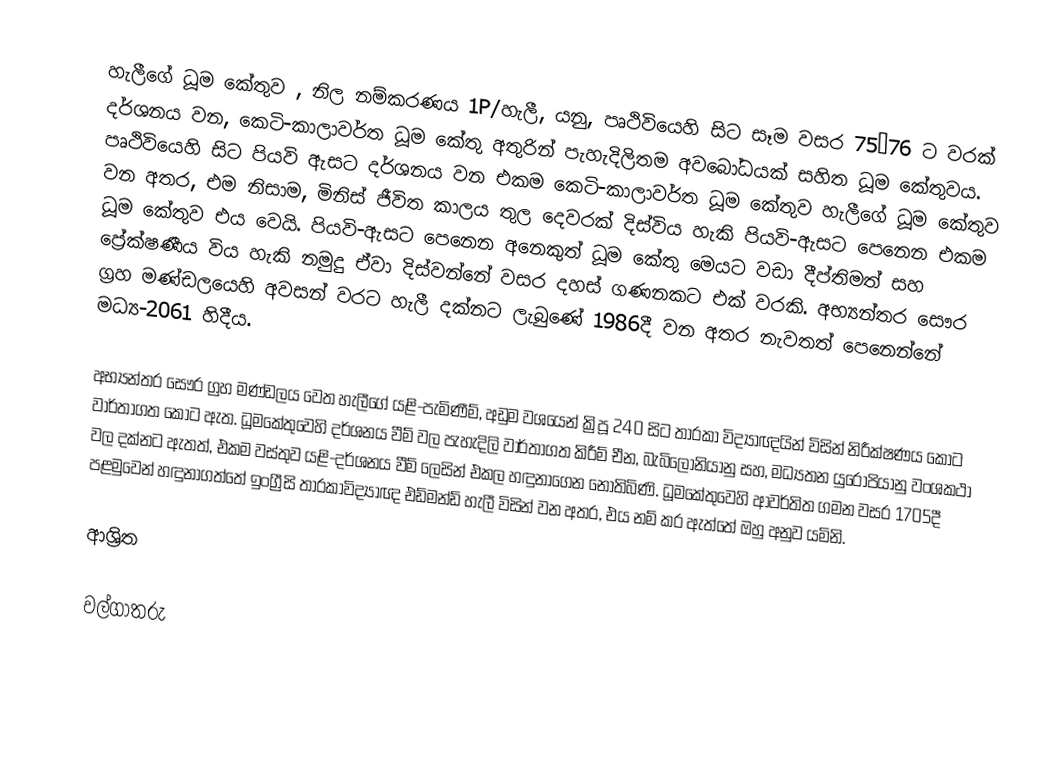
හැලීගේ ධූම කේතුව , නිල නම්කරණය 1P/හැලී, යනු,  පෘථිවියෙහි සිට සෑම වසර 75–76 ට වරක් දර්ශනය වන, කෙටි-කාලාවර්ත ධූම කේතු අතුරින් පැහැදිලිතම අවබෝධයක් සහිත ධූම කේතුවය. පෘථිවියෙහි සිට පියවි ඇසට දර්ශනය වන එකම  කෙටි-කාලාවර්ත ධූම කේතුව හැලීගේ ධූම කේතුව වන අතර, එම නිසාම, මිනිස් ජීවිත කාලය තුල දෙවරක් දිස්විය හැකි පියවි-ඇසට පෙනෙන එකම ධූම කේතුව එය වෙයි.  පියවි-ඇසට පෙනෙන  අනෙකුත් ධූම කේතු මෙයට වඩා දීප්තිමත් සහ ප්‍රේක්ෂණීය විය හැකි නමුදු ඒවා දිස්වන්නේ වසර දහස් ගණනකට එක් වරකි. අභ්‍යන්තර සෞර ග්‍රහ මණ්ඩලයෙහි අවසන් වරට හැලී දක්නට ලැබුණේ 1986දී වන අතර නැවතත් පෙනෙන්නේ  මධ්‍ය-2061 හිදීය.

අභ්‍යන්තර සෞර ග්‍රහ මණ්ඩලය වෙත හැලීගේ යළි-පැමිණීම්,  අඩුම වශයෙන් ක්‍රිපූ 240 සිට තාරකා විද්‍යාඥයින් විසින් නිරීක්ෂණය කොට වාර්තාගත කොට ඇත.  ධූමකේතුවෙහි දර්ශනය වීම් වල පැහැදිලි වාර්තාගත කිරීම් චීන, බැබිලෝනියානු සහ, මධ්‍යතන යුරෝපියානු වංශකථා වල දක්නට ඇතත්, එකම වස්තුව යළි-දර්ශනය වීම් ලෙසින් එකල හඳුනාගෙන නොතිබිණි. ධූමකේතුවෙහි ආවර්තිත ගමන වසර 1705දී පළමුවෙන් හඳුනාගත්තේ  ඉංග්‍රීසි තාරකාවිද්‍යාඥ  එඩ්මන්ඩ් හැලී විසින් වන අතර, එය නම් කර ඇත්තේ ඔහු අනුව යමිනි.

ආශ්‍රිත

වල්ගාතරු